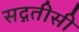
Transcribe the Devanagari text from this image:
सद्गतीसी